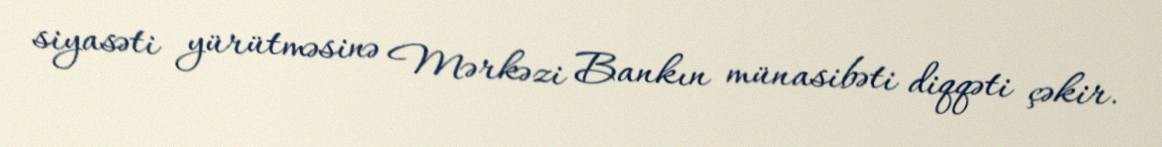
siyasəti yürütməsinə Mərkəzi Bankın münasibəti diqqəti çəkir.